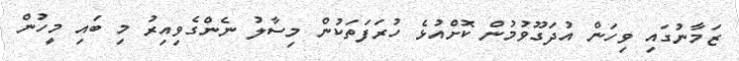
ޒަމާނުގައި ވިހަން އުދަގޫވުމުން ކޮށްއުޅެ ހުރަފަތަކުން މިސާލު ނެންގެވިއިރު މި ބައި މީހުން